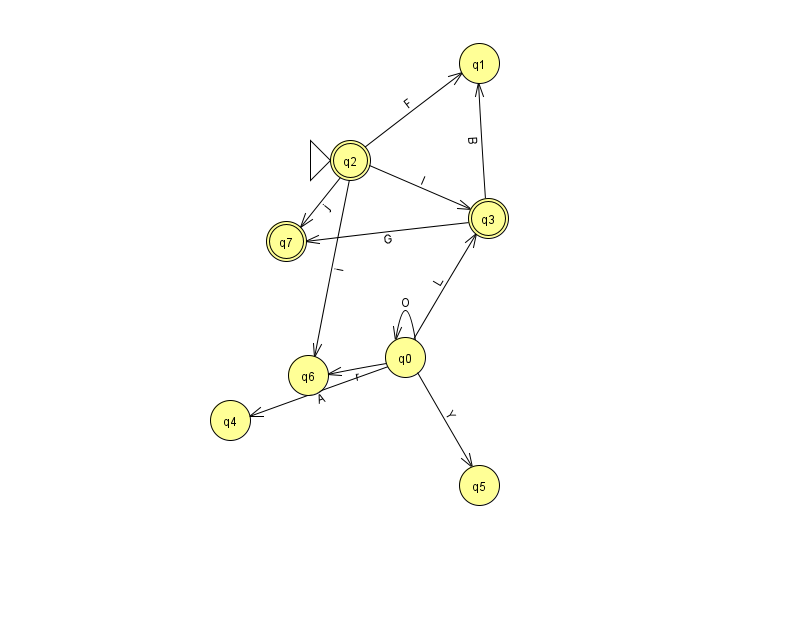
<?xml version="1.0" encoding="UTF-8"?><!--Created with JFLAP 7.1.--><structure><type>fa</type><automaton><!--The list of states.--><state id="0" name="q0"><x>405.0</x><y>344.0</y></state><state id="1" name="q1"><x>479.0</x><y>50.0</y></state><state id="2" name="q2"><x>350.0</x><y>147.0</y><initial/><final/></state><state id="3" name="q3"><x>488.0</x><y>205.0</y><final/></state><state id="4" name="q4"><x>230.0</x><y>407.0</y></state><state id="5" name="q5"><x>479.0</x><y>472.0</y></state><state id="6" name="q6"><x>308.0</x><y>362.0</y></state><state id="7" name="q7"><x>286.0</x><y>228.0</y><final/></state><!--The list of transitions.--><transition><from>0</from><to>6</to><read>r</read></transition><transition><from>0</from><to>5</to><read>Y</read></transition><transition><from>3</from><to>1</to><read>B</read></transition><transition><from>2</from><to>6</to><read>i</read></transition><transition><from>3</from><to>7</to><read>G</read></transition><transition><from>0</from><to>3</to><read>L</read></transition><transition><from>2</from><to>1</to><read>F</read></transition><transition><from>0</from><to>4</to><read>A</read></transition><transition><from>2</from><to>7</to><read>j</read></transition><transition><from>0</from><to>0</to><read>O</read></transition><transition><from>2</from><to>3</to><read>l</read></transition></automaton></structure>